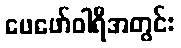
ဖေဖော်ဝါရီအတွင်း